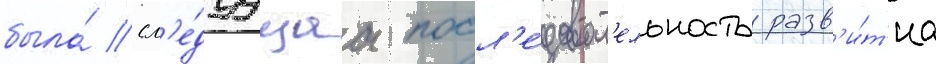
была́ сл'е́дуущаа посл'е́доват'ельность разв'и́т'иа